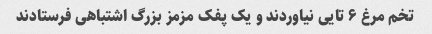
تخم مرغ ۶ تایی نیاوردند و یک پفک مزمز بزرگ اشتباهی فرستادند